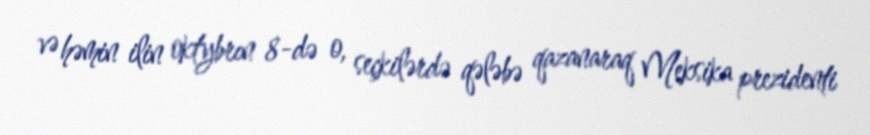
və həmin ilin oktybrın 8-də o, seçkilərdə qələbə qazanaraq Meksika prezidenti